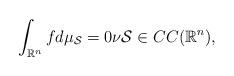
LaTeX: \begin{align*}\int_{\mathbb{R}^n}fd\mu_{\mathcal{S}}=0\nu\mathcal{S}\in CC(\mathbb{R}^n),\end{align*}